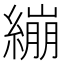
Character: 繃